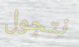
نتجول